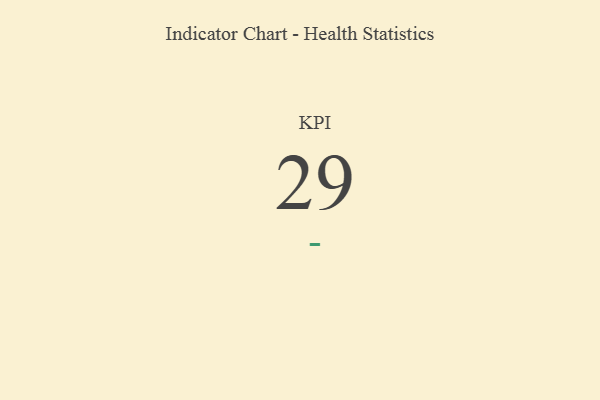
{"axis": {"x": "KPI", "y": "Value"}, "legend": [""], "data": [{"x": "KPI", "y": 29, "type": ""}]}